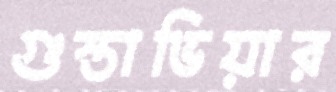
গুস্তাভিয়ার